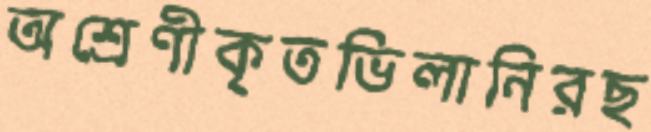
অশ্রেণীকৃতভিলানিরছ